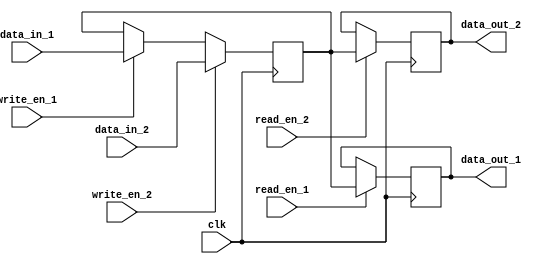
module dual_port_register (
    input wire clk,
    input wire [7:0] data_in_1,
    input wire write_en_1,
    input wire read_en_1,
    output reg [7:0] data_out_1,
    
    input wire [7:0] data_in_2,
    input wire write_en_2,
    input wire read_en_2,
    output reg [7:0] data_out_2
);

reg [7:0] reg_data;

always @(posedge clk) begin
    if (write_en_1) begin
        reg_data <= data_in_1;
    end
    if (read_en_1) begin
        data_out_1 <= reg_data;
    end
    if (write_en_2) begin
        reg_data <= data_in_2;
    end
    if (read_en_2) begin
        data_out_2 <= reg_data;
    end
end

endmodule